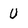
Character: U